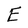
Character: E